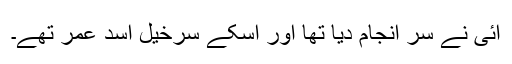
آئی نے سر انجام دیا تھا اور اسکے سرخیل اسد عمر تھے۔